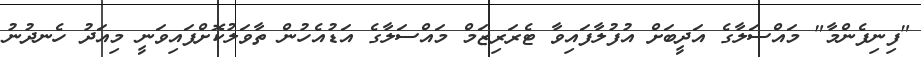
"ފިނިފެންމާ" މައްސަލާގެ އަދީބަށް އުފުލާފައިވާ ޓެރަރިޒަމް މައްސަލާގެ އަޑުއެހުން ތާވަލުކޮށްފައިވަނީ މިއަދު ހެނދުނު